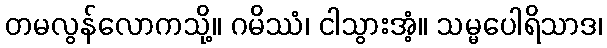
တမလွန်လောကသို့။ ဂမိဿံ၊ ငါသွားအံ့။ သမ္မပေါရိသာဒ၊